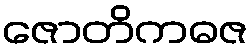
ဇောတိကဓဇ